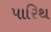
પારિથ